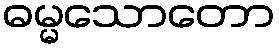
ဓမ္မသောတော